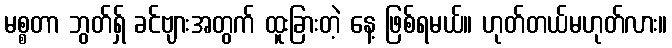
မစ္စတာ ဘွတ်ရှ် ခင်ဗျားအတွက် ထူးခြားတဲ့ နေ့ ဖြစ်ရမယ်။ ဟုတ်တယ်မဟုတ်လား။